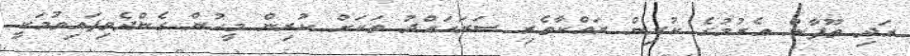
އަދި ތޫފާން އެރުމުގެ ކުރިން ރައްކާތެރި ސަރަހައްދު ތަކަށް ކުރިން މީހުން ގެންދެވިފައިވުމަކީ